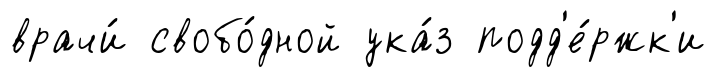
врачи́ свобо́дной ука́з подд'е́ржк'и